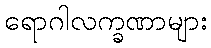
ရောဂါလက္ခဏာများ